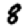
Digit: 8